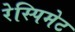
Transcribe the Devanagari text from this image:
रेस्पिमेट